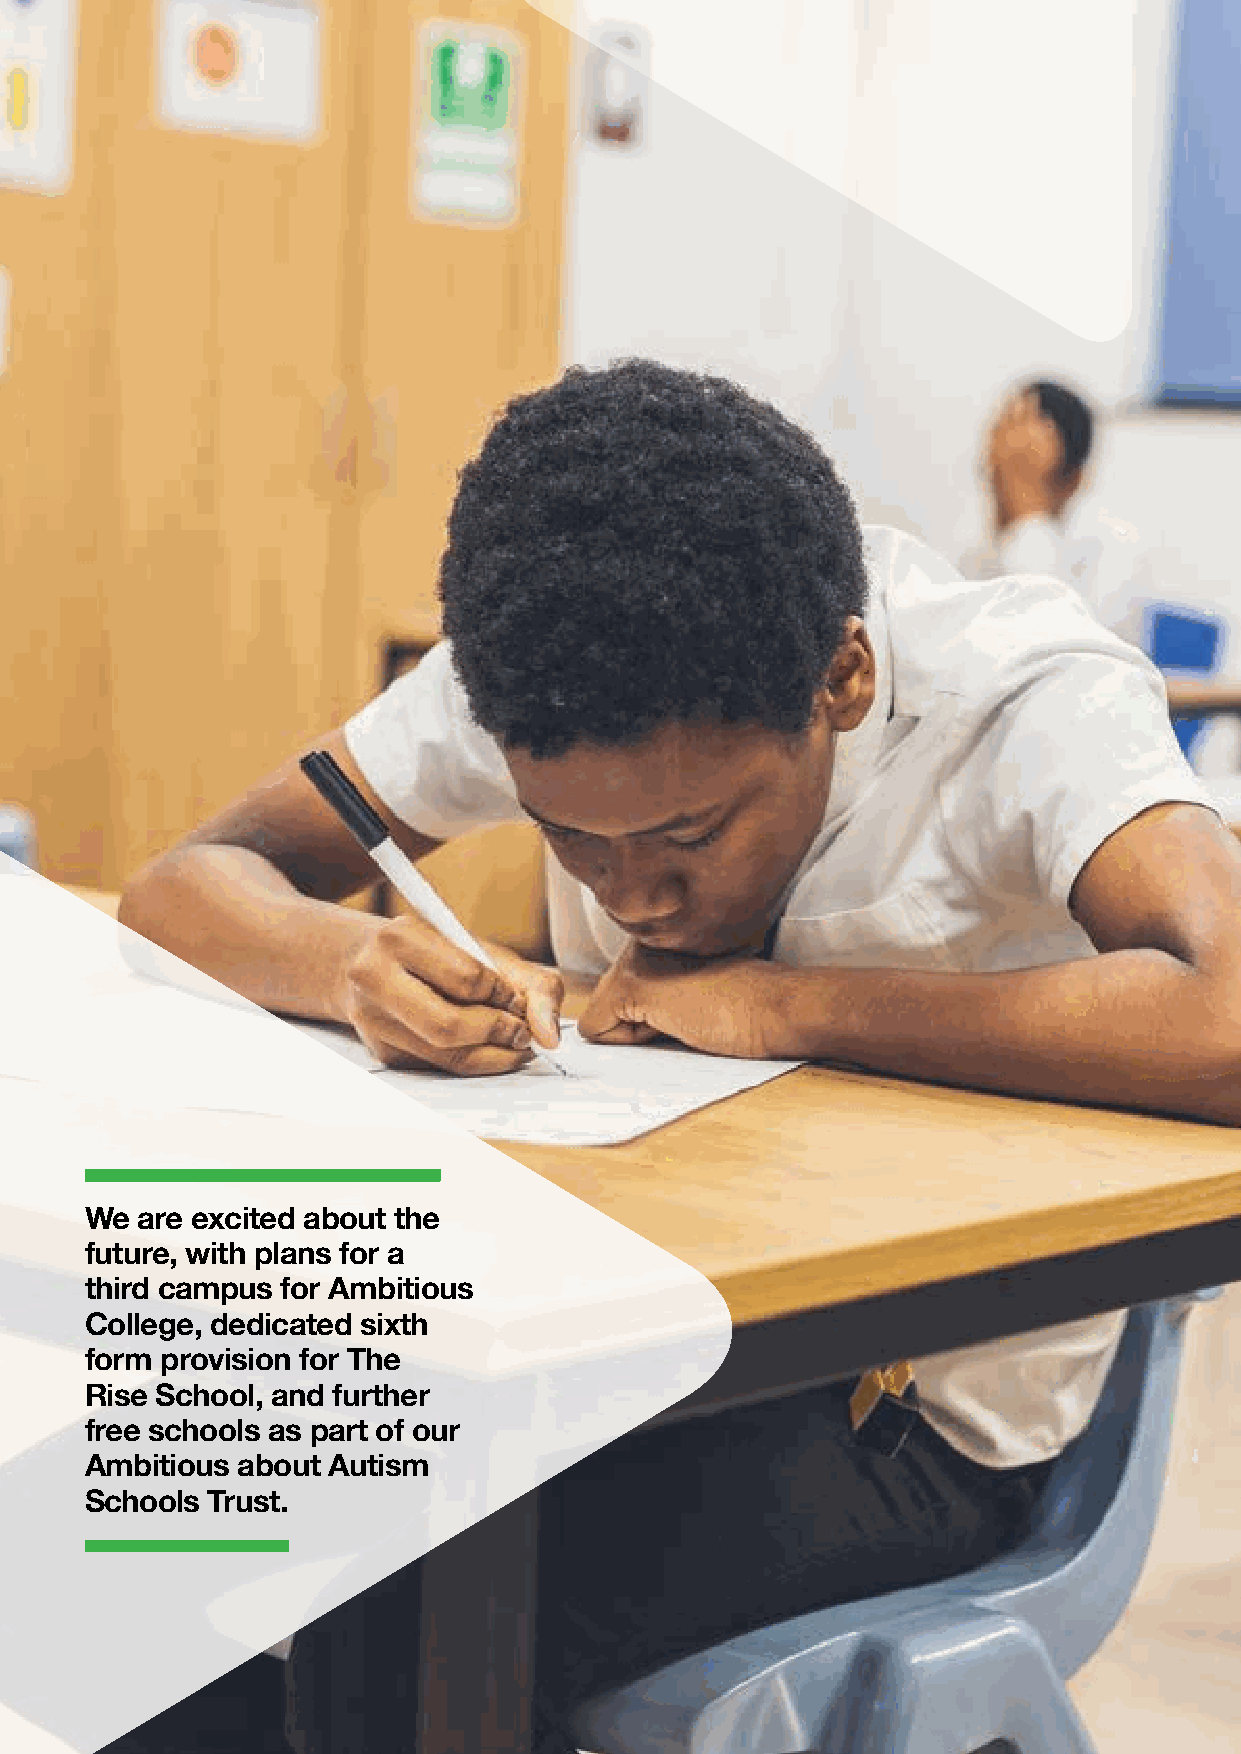
We are excited about the
 future, with plans for a
 third campus for Ambitious
 College, dedicated sixth
 form provision for The
 Rise School, and further
 free schools as part of our
 Ambitious about Autism
 Schools Trust.
 10 | Ambitious about Autism Annual Report and Accounts 2017–18